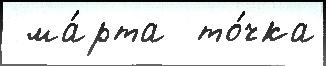
 ма́рта  то́чка